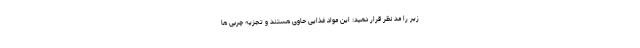
زیر را مد نظر قرار دهید: این مواد غذایی حاوی هستند و تجزیه چربی ها